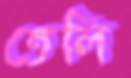
তেলি